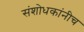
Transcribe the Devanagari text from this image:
संशोधकांनीच